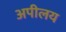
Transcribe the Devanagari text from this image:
अपीलय